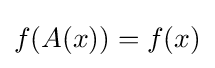
f(A(x))=f(x)